Insane asylums in Bengal annual reports 1867-1875 - 1867-1875
Year: 1867
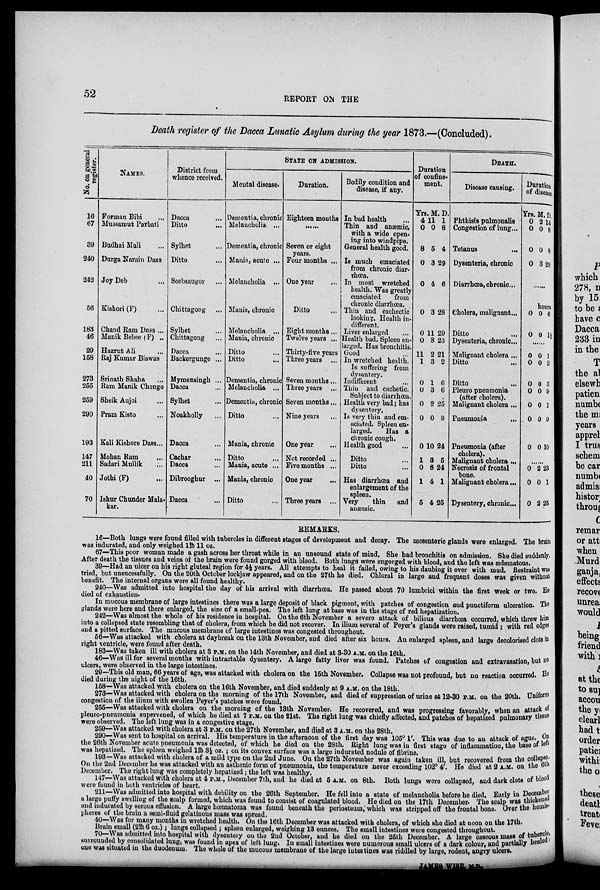
52
REPORT ON THE
Death register of the Dacca Lunatic Asylum during the year 1873.—(Concluded).
No. on general
register.
16
67
39
240
242
56
183
46
29
158
273
255
259
290
193
147
211
40
70
NAMES.
Forman Bibi ...
Mussaraut Parbati
Budhai Mali ...
Durga Narain Dass
Joy Deb ...
Kishori (F) ...
Chand Ram Dass ...
Manik Bebee (F) ..
Hazrut Ali ...
Raj Kumar Biswas
Srinath Shaha ...
Ram Manik Chongo
Sheik Aujoi ...
Pram Kisto ...
Kali Kishore Dass...
Mohan Ram ...
Sadari Mullik ...
Jothi (F) ...
Ishur Chunder Mala-
kar.
District from
whence received.
Dacca ...
Ditto ...
Sylhet ...
Ditto ...
Seebsaugor ...
Chittagong ...
Sylhet ...
Chittagong ...
Dacca ...
Backergunge ...
Mymensingh ...
Dacca ...
Sylhet ...
Noakholly ...
Dacca ...
Cachar ...
Dacca ...
Dibrooghur ...
Dacca ...
STATE ON ADMISSION.
Mental disease.
Dementia, chronic
Melancholia ...
Dementia, chronic
Mania, acute ...
Melancholia ...
Mania, chronic
Melancholia ...
Mania, chronic
Ditto ...
Ditto ...
Dementia, chronic
Melancholia ...
Dementia, chronic
Ditto ...
Mania, chronic
Ditto ...
Mania, acute ...
Mania, chronic
Ditto ...
Duration.
Eighteen months
... ...
Seven or eight
years.
Four months ...
One year ...
Ditto ...
Eight months...
Twelve years ...
Thirty-five years
Three years ...
Seven months...
Three years ...
Seven months...
Nine years ...
One year ...
Not recorded ...
Five months ...
One year ...
Three years ...
Bodily condition and
disease, if any.
In bad health ...
Thin and anæmic,
with a wide open-
ing into windpipe.
General health good.
Is much emaciated
from chronic diar-
rhœa.
In most wretched
health. Was greatly
emaciated
from
chronic diarrhœa.
Thin and cachectic
looking. Health in-
different.
Liver enlarged ...
Health bad. Spleen en-
larged. Has bronchitis.
Good ...
In wretched health.
Is suffering from
dysentery.
Indifferent ...
Thin and cachetic.
Subject to diarrhœa.
Health very bad; has
dysentery.
Is very thin and em-
aciated. Spleen en-
larged.
Has a
chronic cough.
Health good ...
Ditto ...
Ditto ...
Has diarrhœa and
enlargement of the
spleen.
Very
thin
and
anæmic.
Duration
of confine-
ment.
Yrs.
4
0
8
0
0
0
0
0
11
1
0
0
0
0
0
1
0
1
5
M.
11
0
5
3
4
3
11
8
2
3
1
3
2
0
10
3
8
4
4
D.
1
8
4
29
6
28
29
23
21
2
6
6
25
9
24
5
24
1
25
DEATH.
Disease causing.
Phthisis pulmonalis
Congestion of lung...
Tetanus ...
Dysenteria, chronic
Diarrhœa, chronic...
Cholera, malignant...
Ditto
Dysenteria, chronic...
Malignant cholera ...
Ditto ...
Ditto ...
Pleuro pneumonia
(after cholera).
Malignant cholera...
Pneumonia
Pneumonia (after
cholera).
Malignant cholera ...
Necrosis of frontal
bone.
Malignant cholera ...
Dysentery, chronic...
Duration
of disease.
Yrs.
0
0
0
0
M.
2
0
0
3
D.
14
8
8
29
hours
0
0
0
0
6
1½
... ...
0
0
0
0
0
0
0
0
0
0
0
0
0
0
1
2
3
9
1
9
10
... ...
0
0
0
2
0
2
23
1
25
REMARKS.
16—Both lungs were found filled with tubercles in different stages of development and decay. The mesenteric glands were enlarged. The brain
was indurated, and only weighed 1lb 11 oz.
67—This poor woman made a gash across her throat while in an unsound state of mind. She had bronchitis on admission. She died suddenly.
After death the tissues and veins of the brain were found gorged with blood. Both lungs were engorged with blood, and the left was ædematous.
39—Had an ulcer on his right gluteal region for 4½ years. All attempts to heal it failed, owing to his daubing it over with mud. Restraint was
tried, but unsucessfully. On the 20th October lockjaw appeared, and on the 27th he died. Chloral in large and frequent doses was given without
benefit. The internal organs were all found healthy.
240—Was admitted into hospital the day of his arrival with diarrhœa. He passed about 70 lumbrici within the first week or two. He
died of exhaustion.
In mucous membrane of large intestines there was a large deposit of black pigment, with patches of congestion and punctiform ulceration. The
glands were here and there enlarged, the size of a small-pea. The left lung at base was in the stage of red hepatization.
242—Was almost the whole of his residence in hospital. On the 6th November a severe attack of bilious diarrhœa occurred, which threw him
into a collapsed state resembling that of cholera, from which he did not recover. In ilium several of Peyer's glands were raised, tumid; with red edges
and a pitted surface. The mucous membrane of large intestines was congested throughout.
56—Was attacked with cholera at daybreak on the 13th November, and died after six hours. An enlarged spleen, and large decolorised clots in
right ventricle, were found after death.
183—Was taken ill with cholera at 3 P.M. on the 14th November, and died at 3-30 A.M. on the 16th.
46—Was ill for several months with intractable dysentery. A large fatty liver was found. Patches of congestion and extravasation, but no
ulcers, were observed in the large intestines.
29—This old man, 66 years of age, was attacked with cholera on the 15th November. Collapse was not profound, but no reaction occurred. He
died during the night of the 16th.
168—Was attacked with cholera on the 16th November, and died suddenly at 9 A.M. on the 18th.
273—Was attacked with cholera on the morning of the 17th November, and died of suppression of urine at 12-30 P.M. on the 20th. Uniform
congestion of the ilium with swollen Peyer's patches were found,
265—Was attacked with cholera on the morning of the 13th November. He recovered, and was progressing favorably, when an attack of
pleuropneumonia supervened, of which he died at 7 P.M. on the 21st. The right lung was chiefly affected, and patches of hepatized pulmonary tissue
were observed. The left lung was in a congestive stage.
259—Was attacked with cholera at 3 P.M. on the 27th November, and died at 3 A.M. on the 28th,
290—Was sent to hospital on arrival. His temperature in the afternoon of the first day was 105° 1'. This was due to an attack of ague. On
the 26th November acute pneumonia was detected, of which he died on the 28th. Right lung was in first stage of inflammation, the base of left
was hepatized. The spleen weighed 1lb 3½ oz.; on its convex surface was a large indurated nodule of fibrine.
193—Was attacked with cholera of a mild type on the 2nd June. On the 27th November was again taken ill, but recovered from the collapse
On the 2nd December he was attacked with an asthenic form of pneumonia, the temperature never exceeding 102° 4'. He died at 2 A.M. on the 6th
December. The right lung was completely hepatized ; the left was healthy.
147—Was attacked with cholera at 4 P.M., December 7th, and he died at 5 A.M. on 8th. Both lungs were collapsed, and dark clots of blood
were found in both ventricles of heart.
.
211—Was admitted into hospital with debility on the 26th September. He fell into a state of melancholia before he died. Early in December
a large puffy swelling of the scalp formed, which was found to consist of coagulated blood. He died on the 17th December. The scalp was tinckened
and indurated by serous effusion. A large hœmatoma was found beneath the periosteum, which was stripped off the frontal bone. Over the hemis-
pheres of the brain a semi-fluid gelatinous mass was spread.
40—Was for many months in wretched health. On the 16th December was attacked with cholera, of which she died at noon on the 17th.
Brain small (21b 6 oz.); lungs collapsed ; spleen enlarged, weighing 13 ounces. The small intestines were congested throughout.
70—Was admitted into hospital with dysentery on the 2nd October, and he died on the 25th December. A large caseous mass of tubegrcle,
surrounded by consolidated lung, was found in apex of left lung. In small intestines were numerous small ulcers of a dark colour, and partially healed:
one was situated in the duodenum. The whole of the mucous membrane of the large intestines was riddled by large, rodent, angry ulcers.
JAMES WISE, M.D.